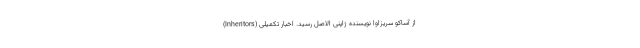
(Inheritors) از آساکو سریزاوا نویسنده ژاپنی الاصل رسید. اخبار تکمیلی